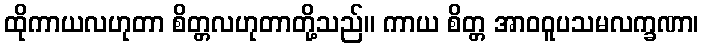
ထိုကာယလဟုတာ စိတ္တလဟုတာတို့သည်။ ကာယ စိတ္တ အာဝဝူပသမလက္ခဏာ၊